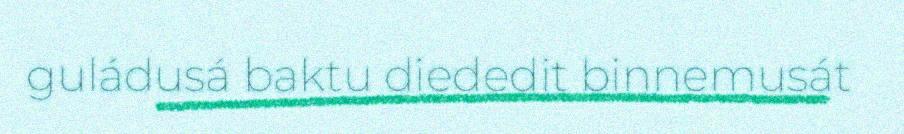
guládusá baktu diededit binnemusát